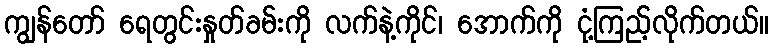
ကျွန်တော် ရေတွင်းနှုတ်ခမ်းကို လက်နဲ့ကိုင်၊ အောက်ကို ငုံ့ကြည့်လိုက်တယ်။